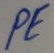
Text: PE